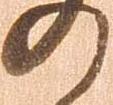
の